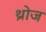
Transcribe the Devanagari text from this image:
थ्रोज